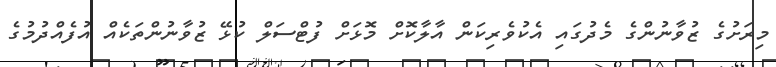
މިރަށުގެ ޒުވާނުންގެ މެދުގައި އެކުވެރިކަން އާލާކޮށް މޮޅަށް ފުޓްސަލް ކުޅޭ ޒުވާނުންތަކެއް އުފެއްދުމުގެ